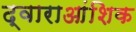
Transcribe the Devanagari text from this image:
द्वाराआंशिक